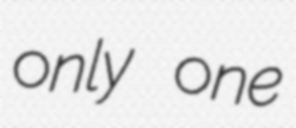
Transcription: only one